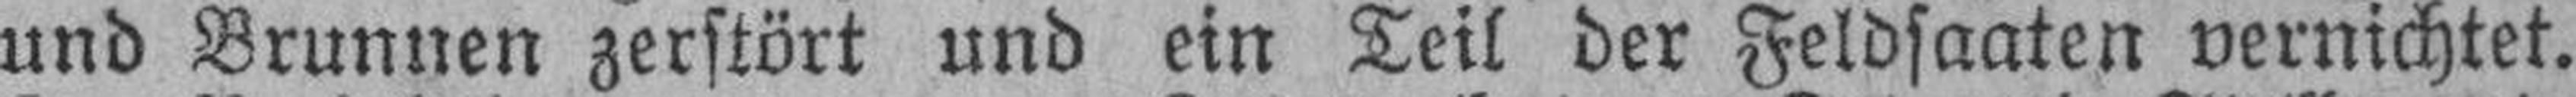
und Brunnen zerstört und ein Teil der Feldsaaten, vernichtet.